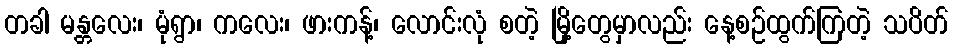
တခါ မန္တလေး၊ မုံရွာ၊ ကလေး၊ ဖားကန့်၊ လောင်းလုံ စတဲ့ မြို့တွေမှာလည်း နေ့စဉ်ထွက်ကြတဲ့ သပိတ်